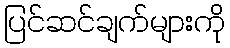
ပြင်ဆင်ချက်များကို